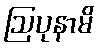
ဩပုနာမိ